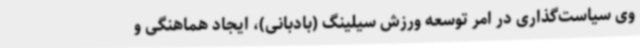
وی سیاست‌گذاری در امر توسعه ورزش سیلینگ (بادبانی)، ایجاد هماهنگی و